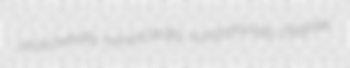
unavowedly nonlacteally nonpictorially filagree